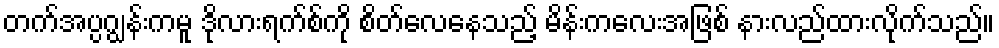
တက်အပ္ပဂျွန်းကမူ ဒိုလားရက်စ်ကို စိတ်လေနေသည့် မိန်းကလေးအဖြစ် နားလည်ထားလိုက်သည်။